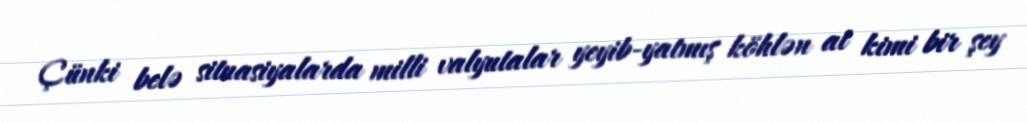
Çünki belə situasiyalarda milli valyutalar yeyib-yatmış köhlən at kimi bir şey